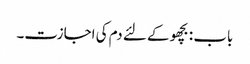
باب : بچھو کے لئے دم کی اجازت۔